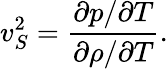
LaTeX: v_{S}^{2}=\frac{\partial p/\partial T}{\partial\rho/\partial T}.